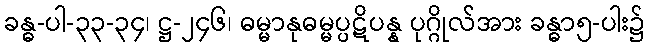
ခန္ဓ-ပါ-၃၃-၃၄၊ ဋ္ဌ-၂၄၆၊ ဓမ္မာနုဓမ္မပ္ပဋိပန္န ပုဂ္ဂိုလ်အား ခန္ဓာ၅-ပါး၌